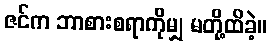
ဇင်က ဘာစားစရာကိုမျှ မတို့ထိခဲ့။